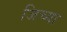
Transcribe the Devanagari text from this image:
जिच्‍या